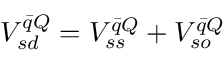
V _ { s d } ^ { \bar { q } Q } = V _ { s s } ^ { \bar { q } Q } + V _ { s o } ^ { \bar { q } Q }